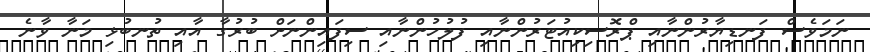
ނަމަވެސް ފަނޑިޔާރުންނާއި ޕްރޮސިކިއުޓަރުންނާއި ފުލުހުންނާއި ސިފައިންނަށް ބުރުގާ އާއި ތުނބުޅި މަނާ ވާނެ